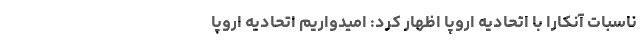
ناسبات آنکارا با اتحادیه اروپا اظهار کرد: امیدواریم اتحادیه اروپا